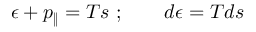
\epsilon + p _ { \| } = T s \ ; \qquad d \epsilon = T d s